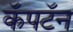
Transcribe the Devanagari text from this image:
कॅपटॅन